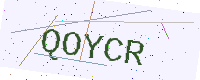
Text: QOYCR